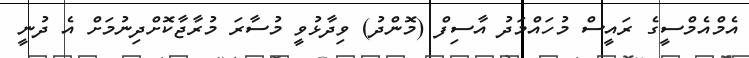
އެމްއެމްސީގެ ރައީސް މުހައްމަދު އާސިފް (މޮންދު) ވިދާޅުވީ މުސާރަ މުރާޖާކޮށްދިނުމަށް އެ ދުނީ